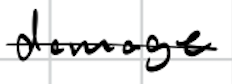
Text: damage
Cross-out: single-line
Writing tool: digital_black